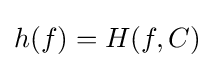
h(f)=H(f,C)